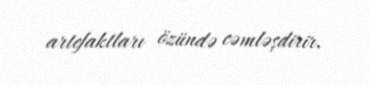
artefaktları özündə cəmləşdirir.